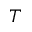
T